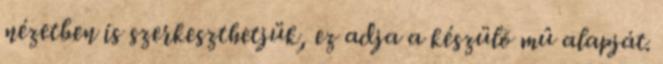
nézetben is szerkeszthetjük, ez adja a készülõ mû alapját.